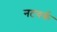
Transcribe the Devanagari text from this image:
नटवर्क